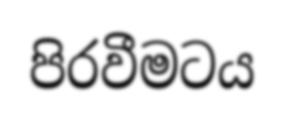
පිරවීමටය